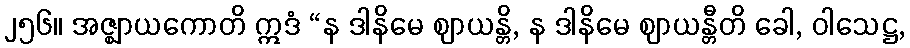
၂၅၆။ အဇ္ဈာယကောတိ ဣဒံ “န ဒါနိမေ ဈာယန္တိ, န ဒါနိမေ ဈာယန္တီတိ ခေါ, ဝါသေဋ္ဌ,